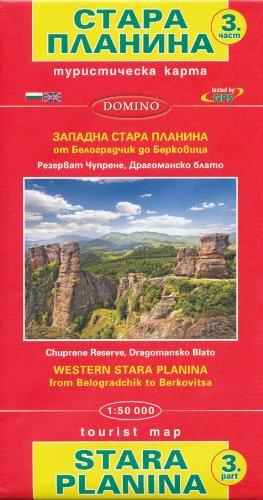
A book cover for Stara Planina Western - Part West #3 (Bulgaria) 1:50,000 Hiking Map, GPS-compatible DOMINO; Domino Bulgaria; Travel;